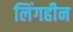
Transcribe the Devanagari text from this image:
लिंगहीन